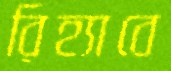
রিহ্যাবে